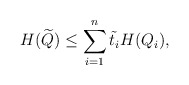
\begin{align*} H(\widetilde{Q}) \le \sum_{i=1}^{n} \tilde{t}_i H(Q_i),\end{align*}